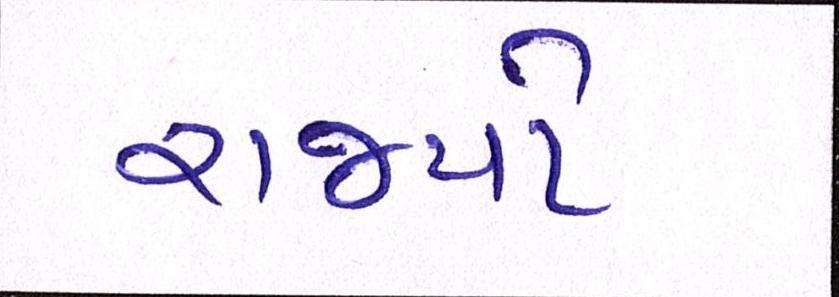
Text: રાજ્યો